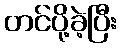
တင်ပို့ခဲ့ပြီး